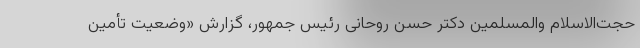
حجت‌الاسلام والمسلمین دکتر حسن روحانی رئیس جمهور، گزارش «وضعیت تأمین